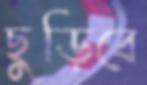
ছুড়িবে